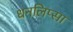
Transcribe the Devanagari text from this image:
धनलिप्सा